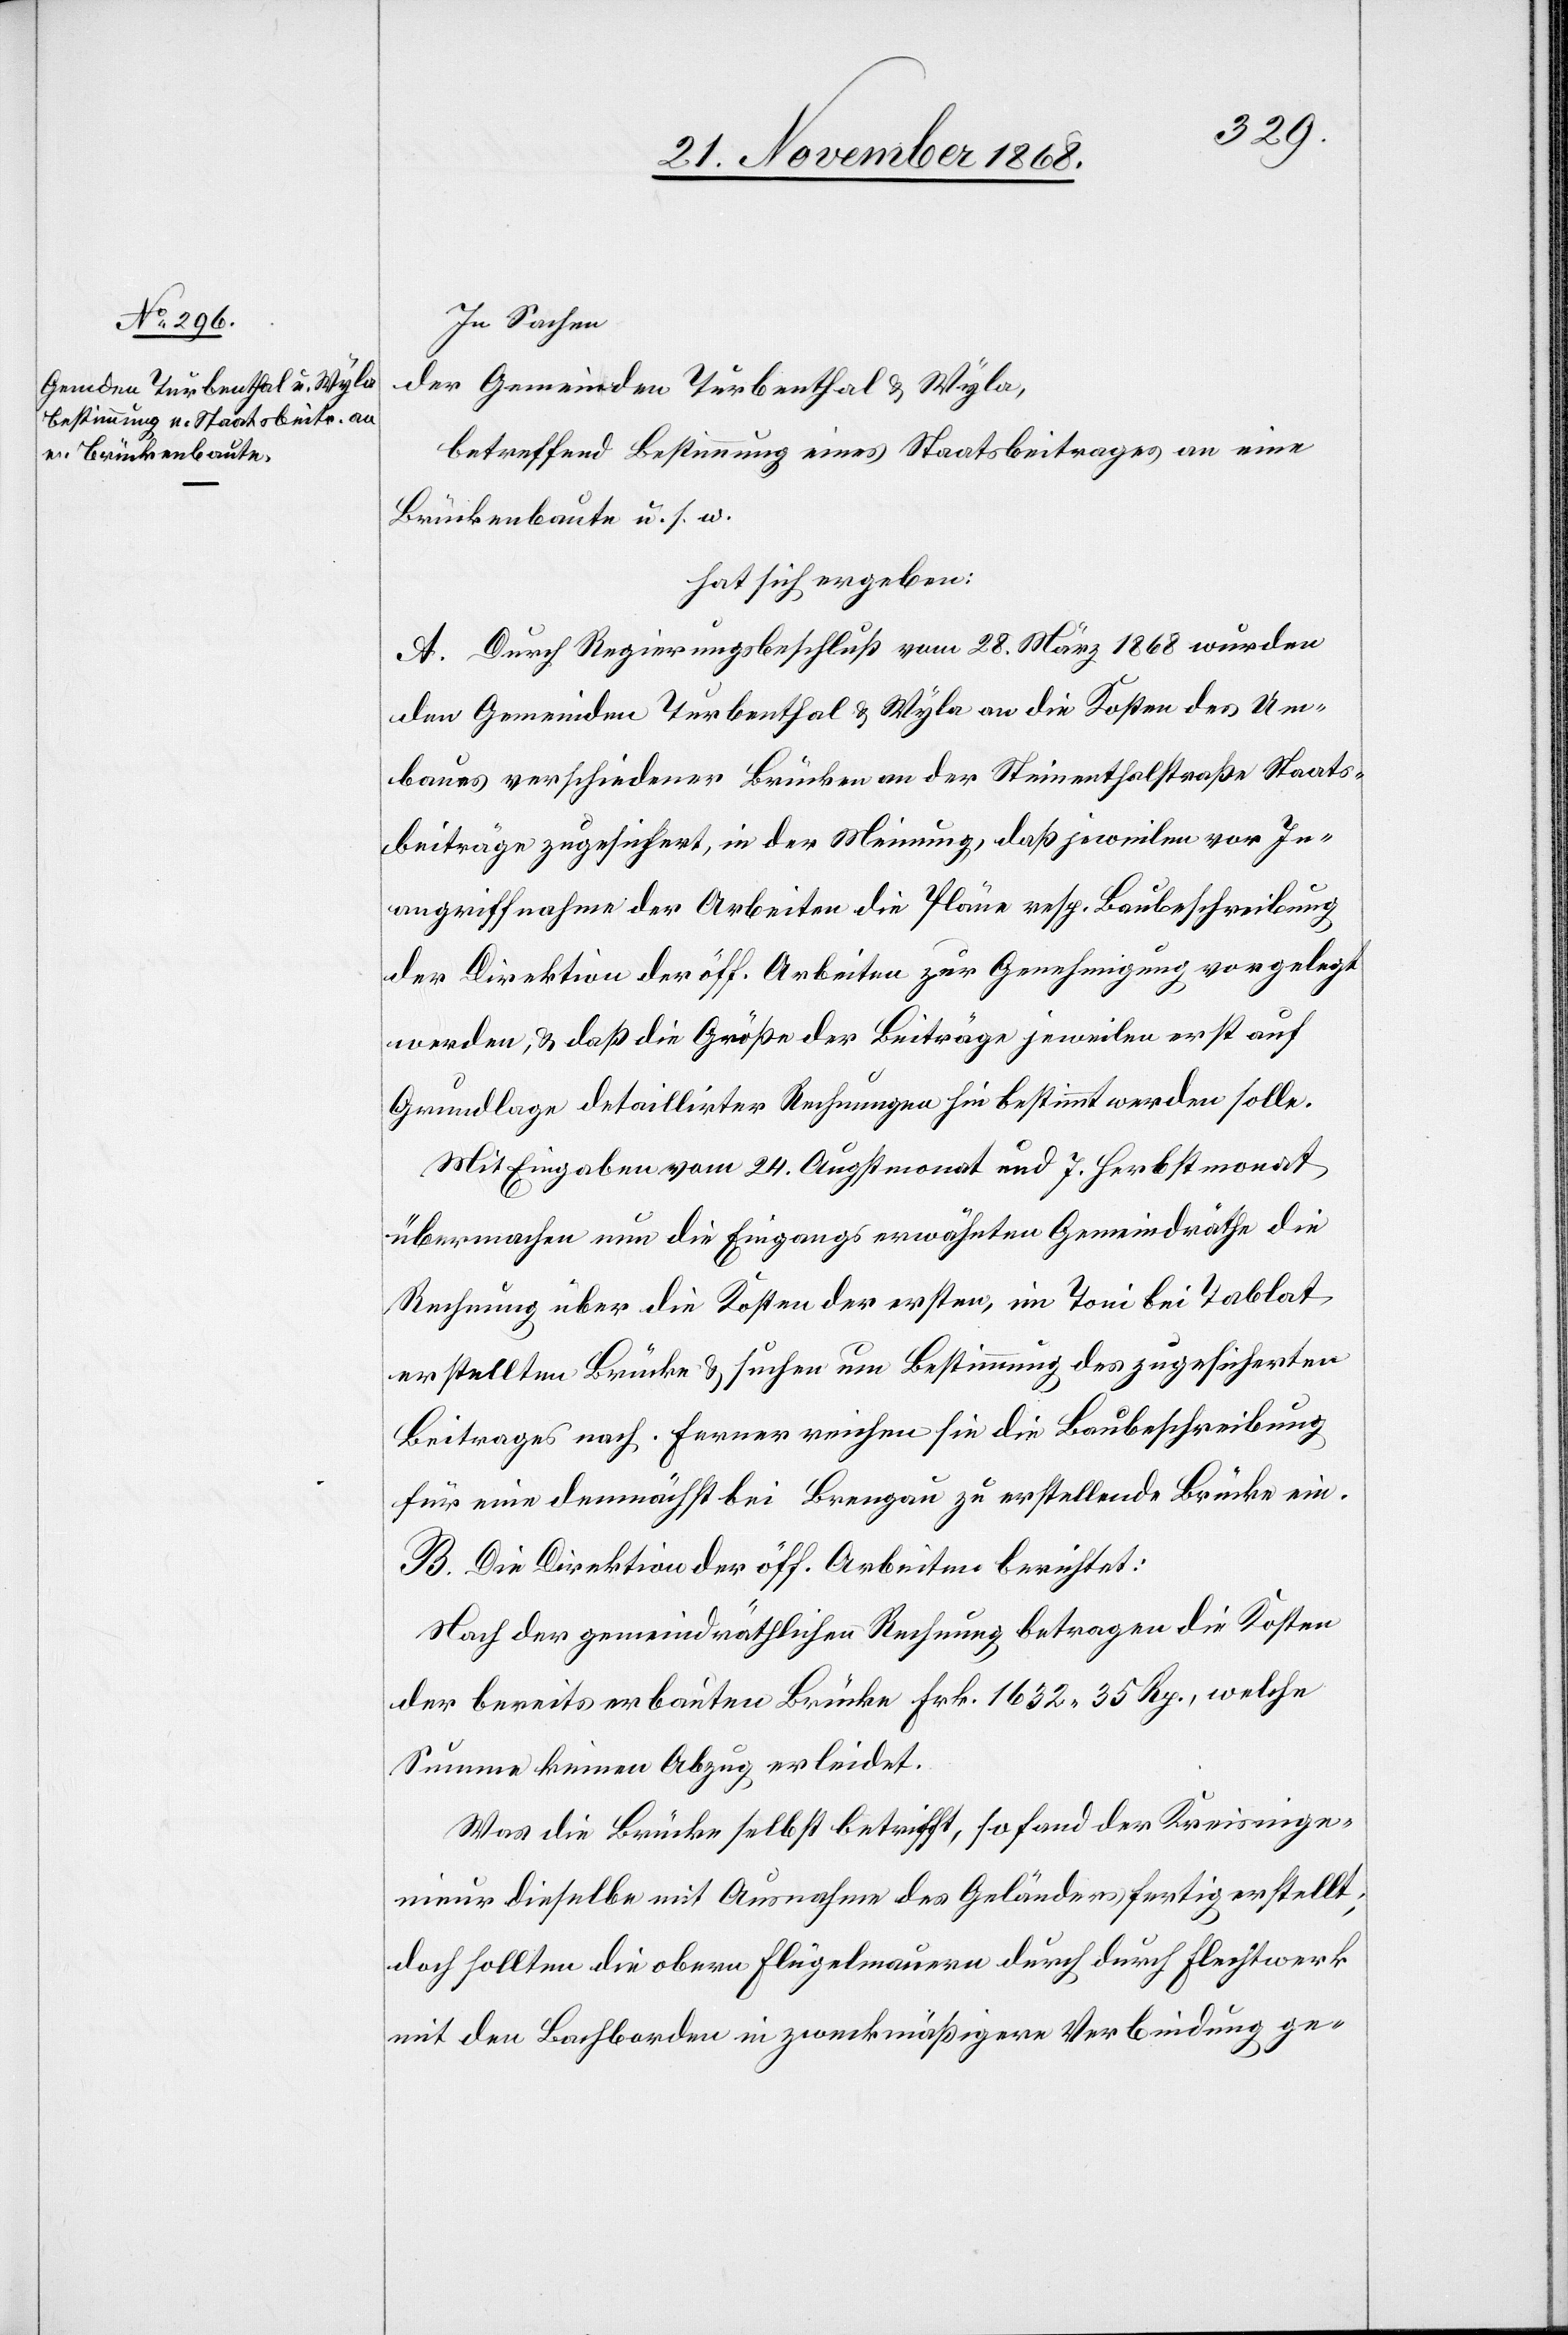
In Sachen
der Gemeinden Turbenthal & Wyla,
betreffend Bestimmung eines Staatsbeitrages an eine
Brückenbaute u. s. w.
hat sich ergeben:
A. Durch Regierungsbeschluß vom 28. März 1868 wurden
den Gemeinden Turbenthal & Wyla an die Kosten des Um¬
baues verschiedener Brücken an der Steinenthalstraße Staats¬
beiträge zugesichert, in der Meinung, daß jeweilen vor In¬
angriffnahme der Arbeiten die Pläne resp. Baubeschreibung
der Direktion der öff. Arbeiten zur Genehmigung vorgelegt
werden, & daß die Größe der Beiträge jeweilen erst auf
Grundlage detaillirter Rechnungen hin bestimmt werden solle.
Mit Eingaben vom 24. Augstmonat und 7. Herbstmonat
übermachen nun die Eingangs erwähnten Gemeindräthe die
Rechnung über die Kosten der ersten, im Toni bei Tablat
erstellten Brücke & suchen um Bestimmung des zugesicherten
Beitrages nach. Ferner reichen sie die Baubeschreibung
für eine demnächst bei Brengau zu erstellende Brücke ein.
B. Die Direktion der öff. Arbeiten berichtet:
Nach der gemeindräthlichen Rechnung betragen die Kosten
der bereits erbauten Brücke Frk. 1632 35 Rp., welche
Summe keinen Abzug erleidet.
Was die Brücke selbst betrifft, so fand der Kreisinge¬
nieur dieselbe mit Ausnahme des Geländers fertig erstellt;
doch sollten die obern Flügelmauern durch durch [sic!]
mit den Bachborden in zweckmäßigere Verbindung ge-